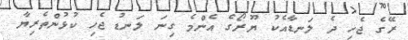
ރޭގެ ޖެހި ދެ ލަނޑާއެކު ޔޫރޯގެ އެންމެ ގިނަ ލަނޑު ޖެހި ކުޅުންތެރިޔާ